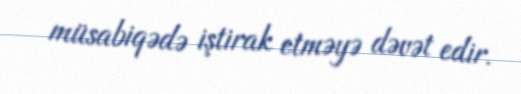
müsabiqədə iştirak etməyə dəvət edir.